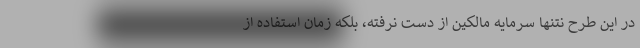
در این طرح نتنها سرمایه مالکین از دست نرفته، بلکه زمان استفاده از